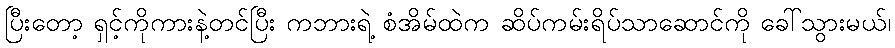
ပြီးတော့ ရှင့်ကိုကားနဲ့တင်ပြီး ကဘားရဲ့ စံအိမ်ထဲက ဆိပ်ကမ်းရိပ်သာဆောင်ကို ခေါ်သွားမယ်၊